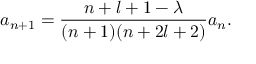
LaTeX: a _ { n + 1 } = \frac { n + l + 1 - \lambda } { ( n + 1 ) ( n + 2 l + 2 ) } a _ { n } .